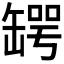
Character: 𦉅